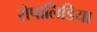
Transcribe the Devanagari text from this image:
रोपालिडिया